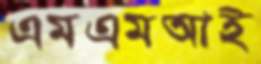
এমএমআই